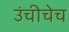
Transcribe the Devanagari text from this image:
उंचीचेच